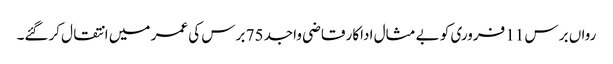
رواں برس 11 فروری کو بے مثال اداکار قاضی واجد 75 برس کی عمر میں انتقال کرگئے۔